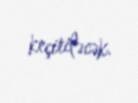
keçiriləcək.